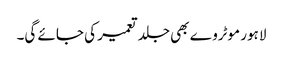
لاہور موٹروے بھی جلد تعمیر کی جائے گی۔